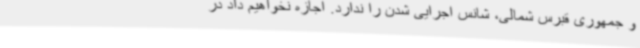
و جمهوری قبرس شمالی، شانس اجرایی شدن را ندارد. اجازه نخواهیم داد در